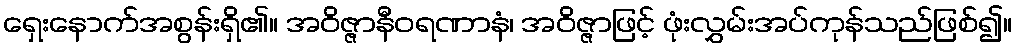
ရှေးနောက်အစွန်းရှိ၏။ အဝိဇ္ဇာနီဝရဏာနံ၊ အဝိဇ္ဇာဖြင့် ဖုံးလွှမ်းအပ်ကုန်သည်ဖြစ်၍။